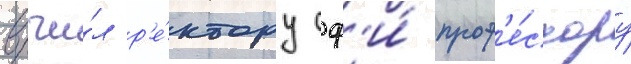
вручи́л р'е́ктору сф'и́ проф'е́ссору